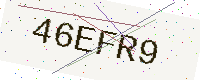
Text: 46EFR9